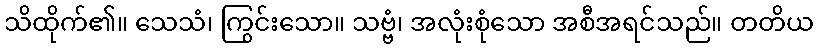
သိထိုက်၏။ သေသံ၊ ကြွင်းသော။ သဗ္ဗံ၊ အလုံးစုံသော အစီအရင်သည်။ တတိယ